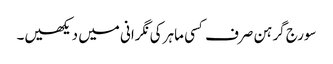
سورج گرہن صرف کسی ماہر کی نگرانی میں دیکھیں۔